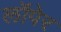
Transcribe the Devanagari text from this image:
लॉपेर